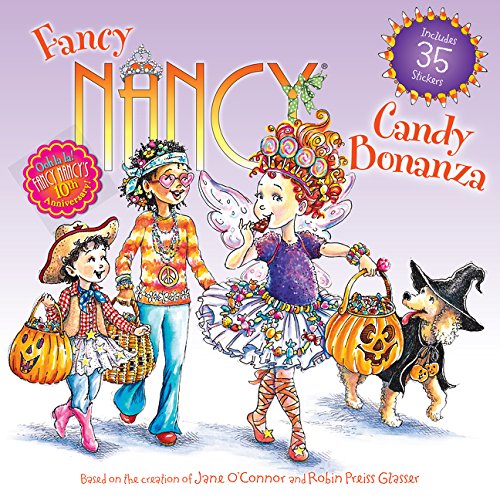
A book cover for Fancy Nancy: Candy Bonanza; Jane O'Connor; Children's Books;